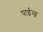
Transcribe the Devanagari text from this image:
पाईन्छ